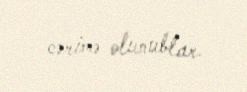
cərimə olunublar.